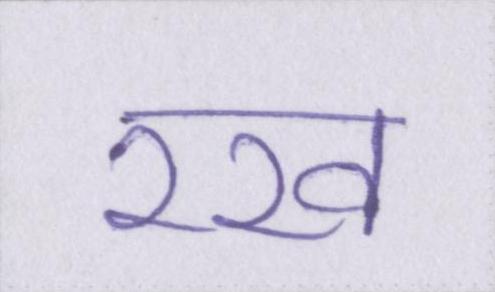
रख